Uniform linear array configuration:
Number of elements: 24
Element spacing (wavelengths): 0.5
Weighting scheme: binomial
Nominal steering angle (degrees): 15
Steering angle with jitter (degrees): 14.046
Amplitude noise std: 0.05
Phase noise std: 0.05

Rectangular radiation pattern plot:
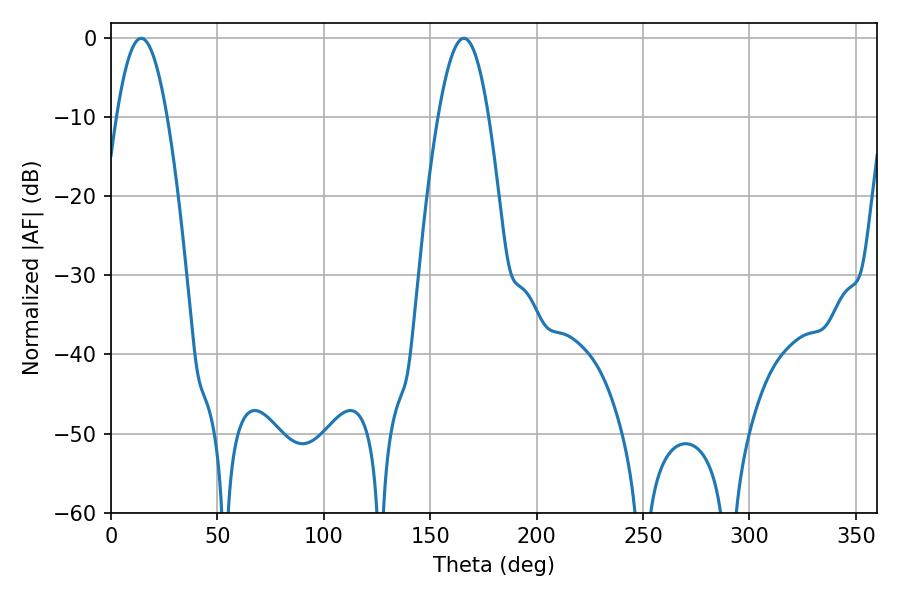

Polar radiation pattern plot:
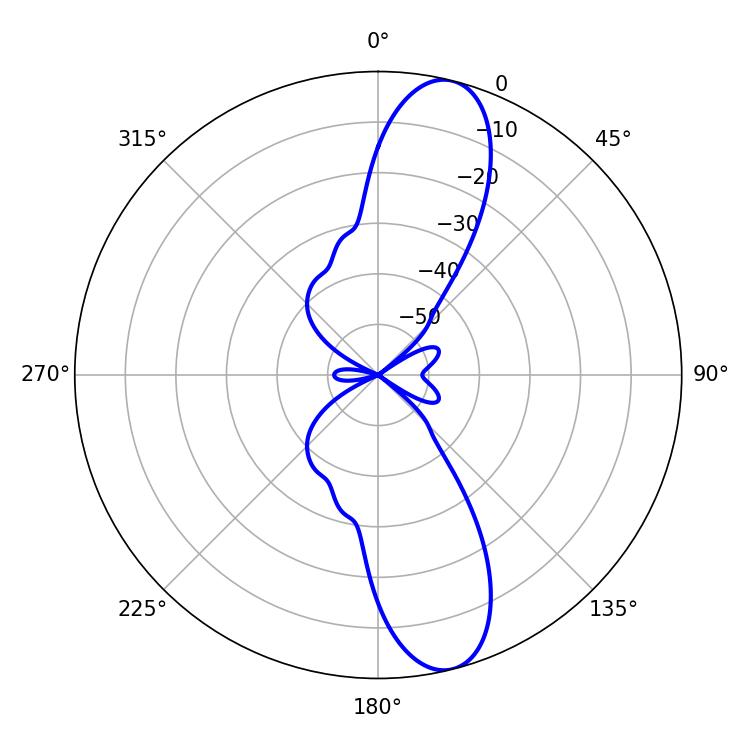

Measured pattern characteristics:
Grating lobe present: FALSE
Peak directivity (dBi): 12.219
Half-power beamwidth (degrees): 12.96
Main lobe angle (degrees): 165.78